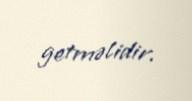
getməlidir.